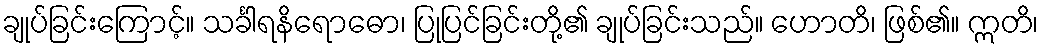
ချုပ်ခြင်းကြောင့်။ သင်္ခါရနိရောဓော၊ ပြုပြင်ခြင်းတို့၏ ချုပ်ခြင်းသည်။ ဟောတိ၊ ဖြစ်၏။ ဣတိ၊